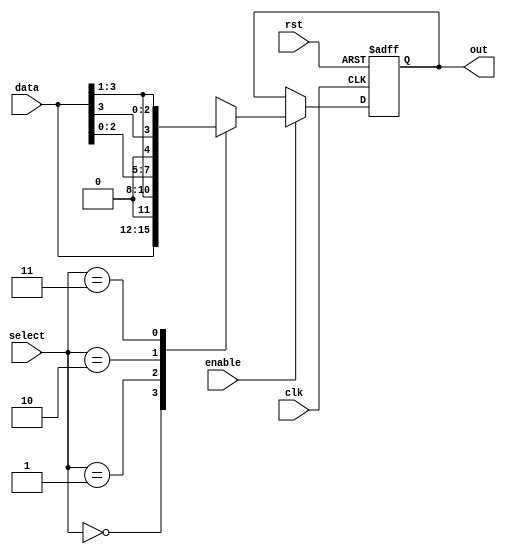
module reg_desloc (rst, clk, enable, data, out, select);

input rst, clk, enable;
input [3:0] data;
input [1:0] select;
output reg [3:0] out;

always @ (posedge clk, posedge rst)
begin 
  if (rst)
  begin 
	 out <= 4'b0000;
  end
  else if (enable)
   begin
     case ({select})
			2'b00: begin 
				out <= data;
			end 
			2'b01: begin 
				out <= {1'b0, data[3:1]};
			end 
			2'b10: begin 
				out <= {data[2:0], 1'b0};
			end 
			2'b11: begin 
				out <= {data[3], data[3:1]}; 
			end
			default begin 
				out <= 4'b0000;
			end
	  endcase 
   end	
end 

endmodule